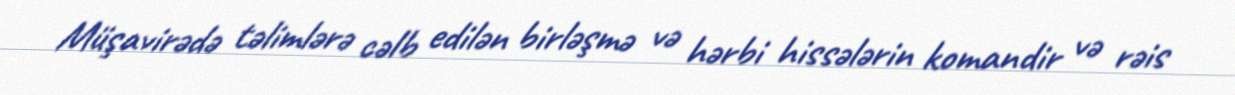
Müşavirədə təlimlərə cəlb edilən birləşmə və hərbi hissələrin komandir və rəis